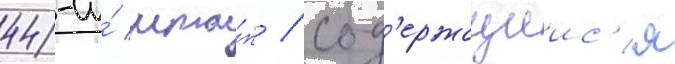
44-и́ мта́п / сод'ержащиис'я